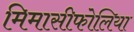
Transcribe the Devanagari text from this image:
मिमासीफोलिया